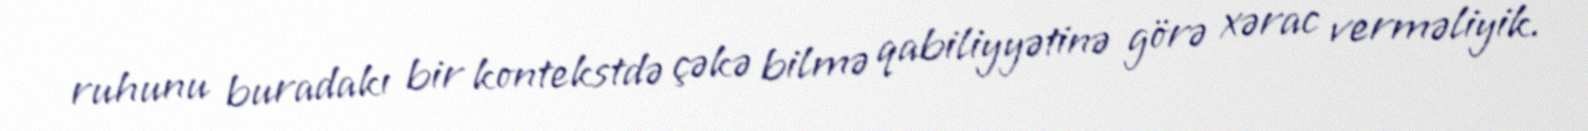
ruhunu buradakı bir kontekstdə çəkə bilmə qabiliyyətinə görə xərac verməliyik.